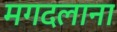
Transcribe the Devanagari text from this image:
मगदलाना